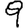
Digit: 9